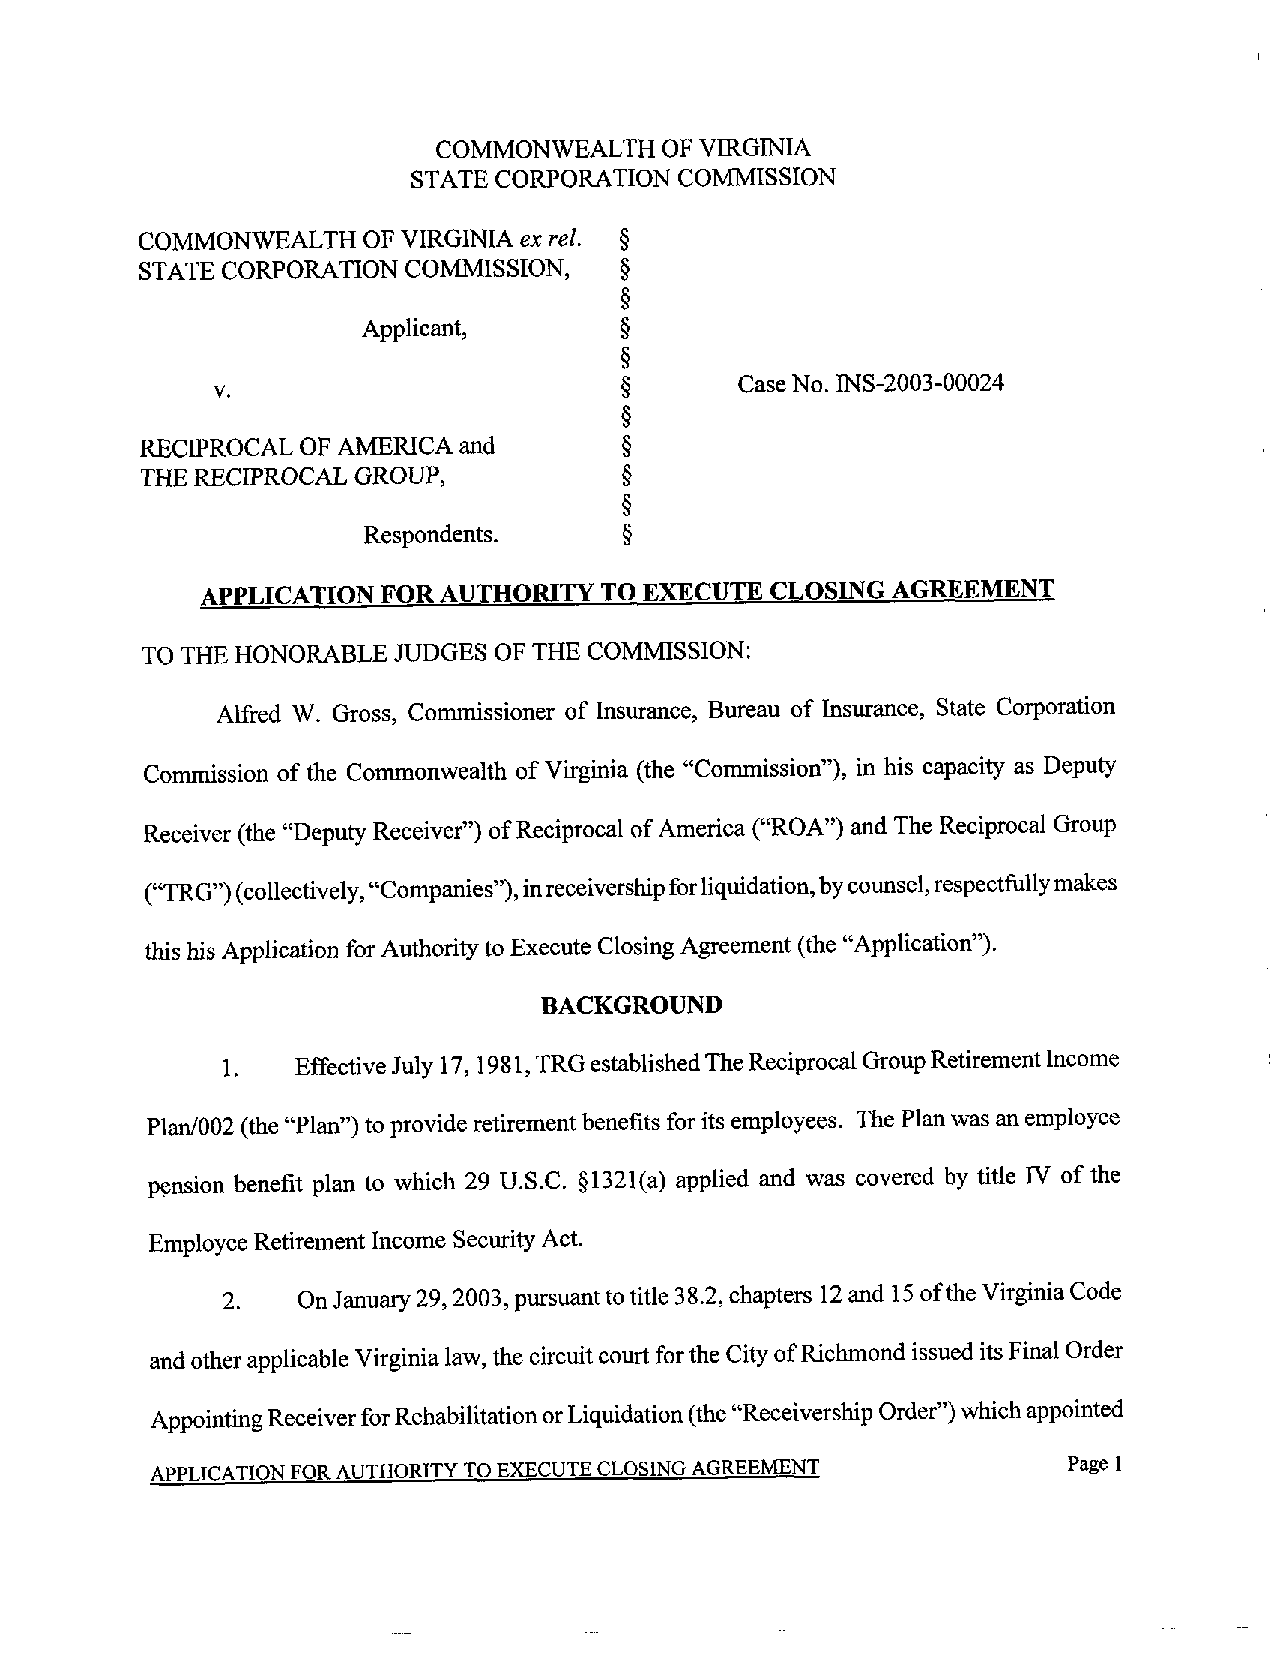
COMMONWEALTH   OF VIRGINIA
 STATE CORPORATION COMMISSION
 COMMONWEALTH   OF VIRGINIA ex rel. §
 STATE CORPORATION COMMISSION,   §
 Applicant,       §
 V.                         §       Case No. INS-2003-00024
 RECIPROCAL OF AMERICA and       §
 THE RECIPROCAL GROUP,           §
 Respondents.     §
 APPLICATION FOR AUTHORITY  TO EXECUTE CLOSING AGREEMENT
 TO THE HONORABLE JUDGES OF THE COMMISSION:
 Alfred W. Gross, Commissioner of Insurance, Bureau of Insurance, State Corporation
 Commission of the Commonwealth of Virginia (the "Cominission"), in his capacity as Deputy
 Receiver (the "Deputy Receiver") of Reciprocal of America ("ROA") and The Reciprocal Group
 ("TRG") (collectively, "Companies"), in receivership for liquidation, by counsel, respectfully makes
 this his Application for Authority to Execute Closing Agreement (the "Application").
 BACKGROUND
 1 . Effective July 17,198 1, TRG established The Reciprocal Group Retirement Income
 Plan/002 (the "Plan") to provide retirement benefits for its employees. The Plan was an employee
 pension benefit plan to which 29 U.S.C. §1321(a) applied and was covered by title IV of the
 Employee Retirement Income Security Act.
 2.   OnJanuary 29,2003, pursuarittotitle 38.2, chapters 12 and 15 of the Virginia Code
 and other applicable Virginia law, the circuit court for the City of Richmond issued its Final Order
 Appointing Receiver for Rehabilitation or Liquidation (the "Receivership Order") which appointed
 APPLICATION FOR AUTHORITY TO EXECUTE CLOSING AGREEMENT       Page I